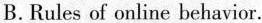
B. Rules of online behavior.